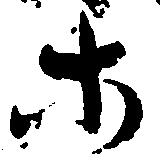
等